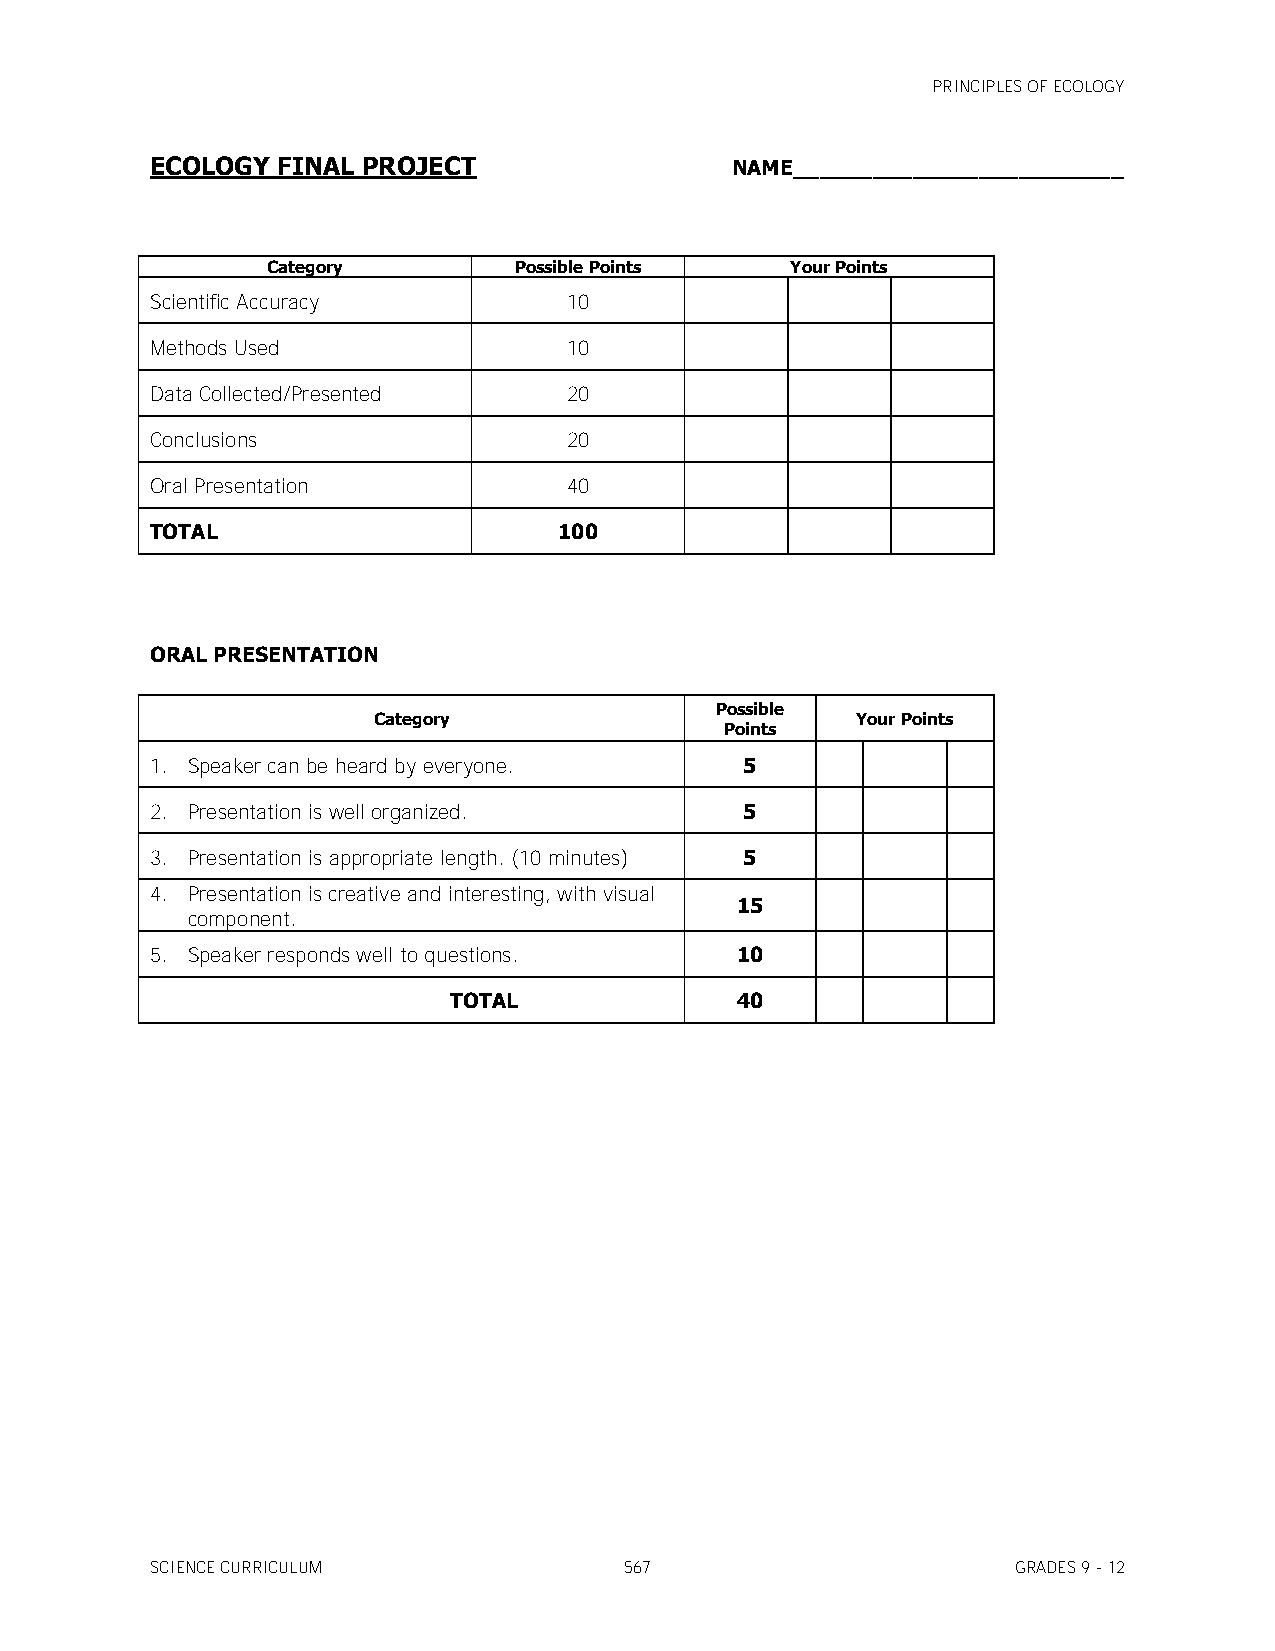
PRINCIPLES OF ECOLOGY
 ECOLOGY FINAL PROJECT                 NAME_________________________
 Category        Possible Points   Your Points
 Scientific Accuracy         10
 Methods Used                10
 Data Collected/Presented    20
 Conclusions                 20
 Oral Presentation           40
 TOTAL                      100
 ORAL PRESENTATION
 Possible
 Category                        Your Points
 Points
 1. Speaker can be heard by everyone.   5
 2. Presentation is well organized.     5
 3. Presentation is appropriate length. (10 minutes) 5
 4. Presentation is creative and interesting, with visual
 15
 component.
 5. Speaker responds well to questions. 10
 TOTAL              40
 SCIENCE CURRICULUM             567                       GRADES 9 - 12